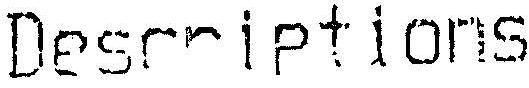
DESCRIPTIONS